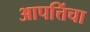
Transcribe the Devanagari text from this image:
आपत्तिंचा